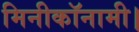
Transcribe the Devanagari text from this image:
मिनीकॉनामी।